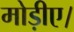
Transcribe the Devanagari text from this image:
मोड़ीए।